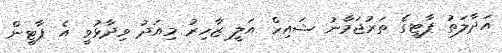
އަދާލަތު ޕާޓީގެ ތަރުޖަމާނު ޝައިހް އަލީ ޒާހިރު މިއަދު ވިދާޅުވީ އެ ޕާޓީން